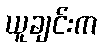
ယူချင်းက